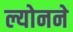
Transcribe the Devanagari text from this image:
ल्योनने